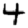
Digit: 4